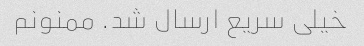
خیلی سریع ارسال شد. ممنونم